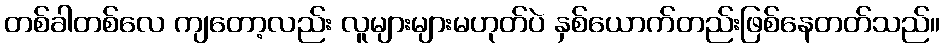
တစ်ခါတစ်လေ ကျတော့လည်း လူများများမဟုတ်ပဲ နှစ်ယောက်တည်းဖြစ်နေတတ်သည်။